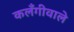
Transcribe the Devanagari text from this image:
कलँगीवाले